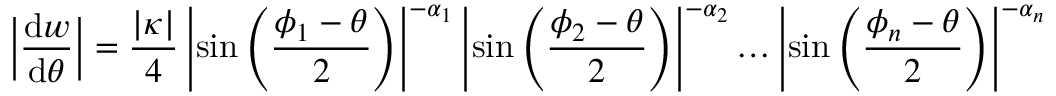
\left\vert \frac { \mathrm { d } w } { \mathrm { d } \theta } \right\vert = \frac { \left\vert \kappa \right\vert } { 4 } \left\vert \sin \left( \frac { \phi _ { 1 } - \theta } { 2 } \right) \right\vert ^ { - \alpha _ { 1 } } \left\vert \sin \left( \frac { \phi _ { 2 } - \theta } { 2 } \right) \right\vert ^ { - \alpha _ { 2 } } \ldots \left\vert \sin \left( \frac { \phi _ { n } - \theta } { 2 } \right) \right\vert ^ { - \alpha _ { n } }